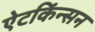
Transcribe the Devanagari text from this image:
ऐटकिंन्सन